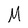
Character: M